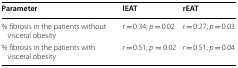
<table><thead><tr><td><b>Parameter</b></td><td><b>lEAT</b></td><td><b>rEAT</b></td></tr></thead><tbody><tr><td>% fibrosis in the patients without visceral obesity</td><td><i>r</i> = 0.34; <i>p</i> = 0.02</td><td><i>r</i> = 0.27; <i>p</i> = 0.03</td></tr><tr><td>% fibrosis in the patients with visceral obesity</td><td><i>r</i> = 0.51; <i>p</i> = 0.02</td><td><i>r</i> = 0.51; <i>p</i> = 0.04</td></tr></tbody></table>